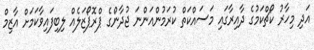
އަދި މިހާރު ކޯޗްކަމުގެ ދާއިރާގައި މަސައްކަތް ކުރަމުންއަންނަ ޖުދާންގެ ޕްރޮޕޯޒަލެއް ލިބިފައިވާކަމަށް އާޒިމް